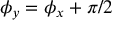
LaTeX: \phi _ { y } = \phi _ { x } + \pi / 2